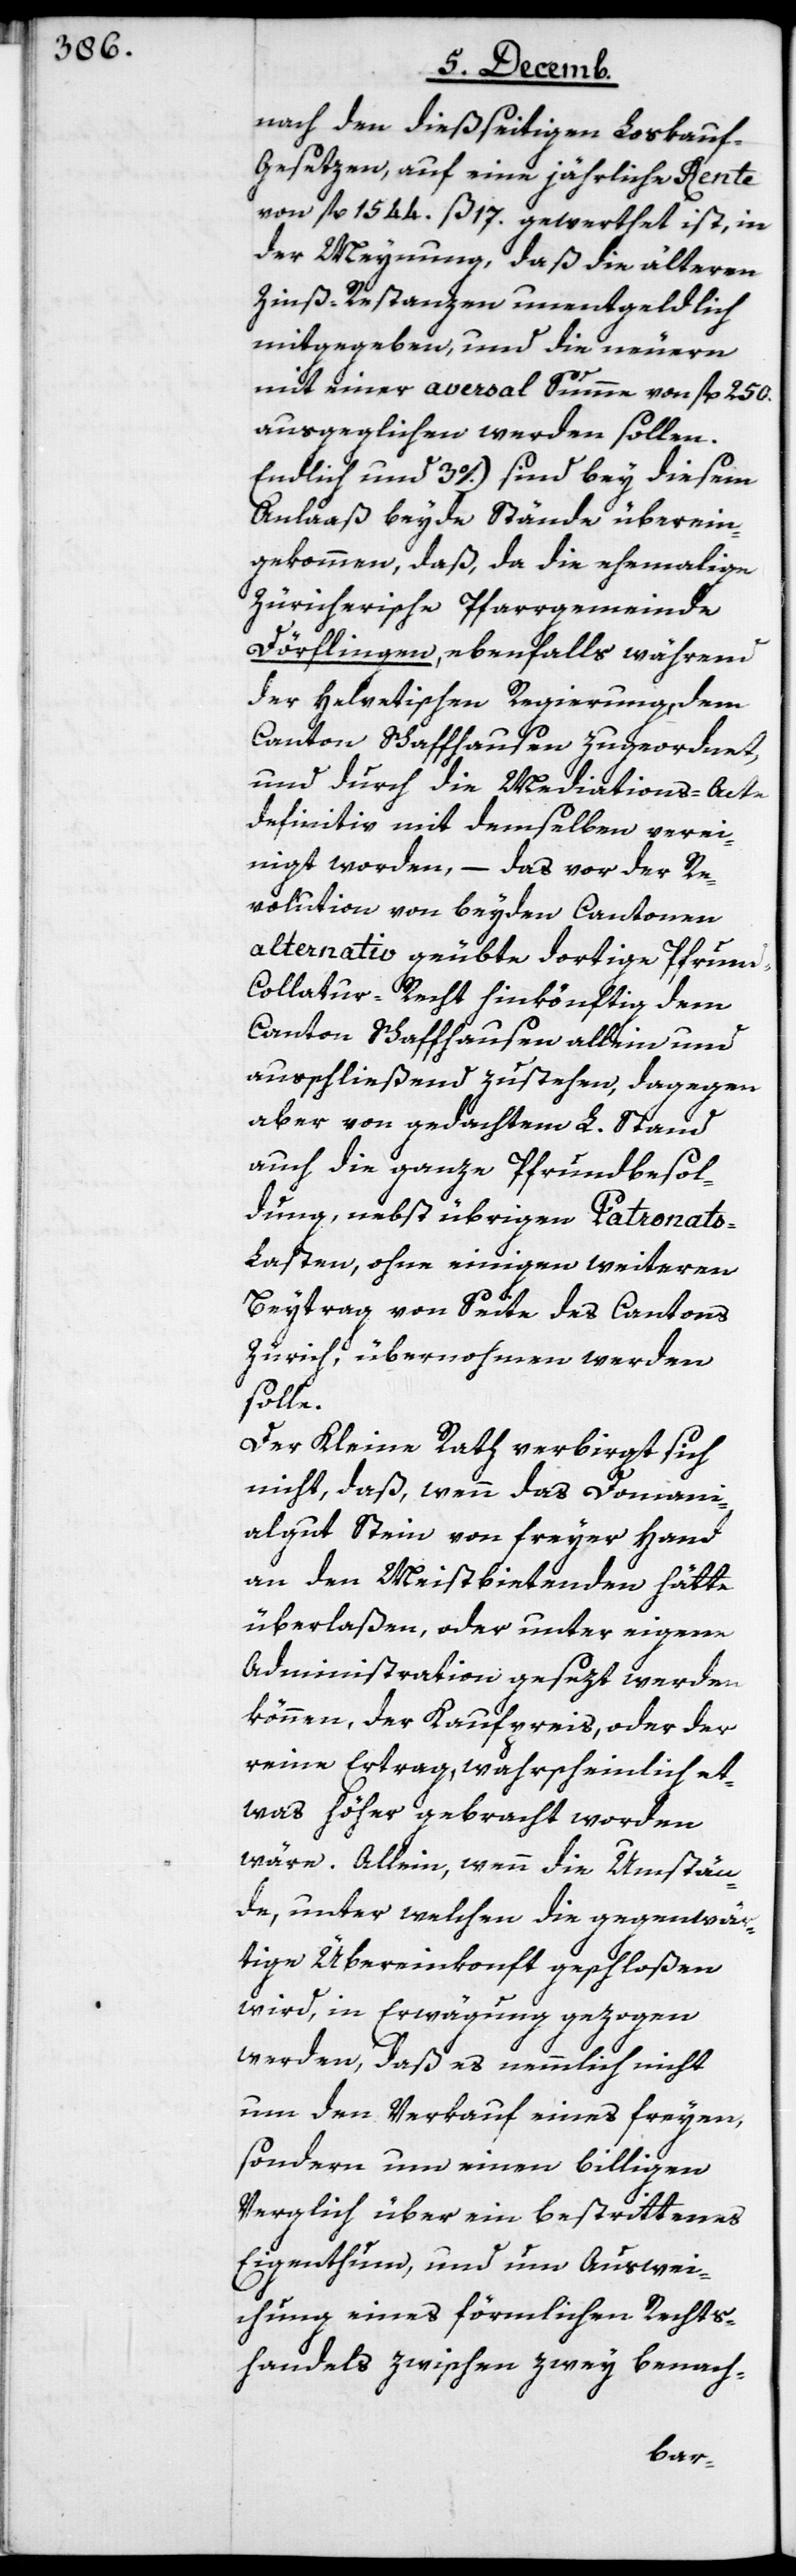
nach den dießseitigen Loskau¬
f-Gesetzen, auf eine jährliche Rente
von fl. 1544. ß 17. gewerthet ist, in
der Meynung, daß die älteren
Zins-Restanzen unentgeldlich
mitgegeben, und die neuern
mit einer aversal Summe von fl 250.
ausgeglichen werden sollen.
Endlich und 3o.) sind bey diesem
Anlaaß beyde Stände überein¬
gekommen, daß da die ehemahlige
Zürcherische Pfarrgemeinde
Dörflingen, ebenfalls während
der Helvetischen Regierung, dem
Canton Schaffhausen zugeordnet,
und durch die Mediations-Acte
definitiv mit demselben verei¬
nigt worden, – das vor der Re¬
volution von beyden Cantonen
alternativ geübte dortige Pfrun¬
d-Collatur-Recht hinkönftig dem
Canton Schaffhausen allein, und
ausschließend zustehen, dagegen
aber von gedachtem L. Stand
auch die ganze Pfrundbesol¬
dung, nebst übrigen Patronats-L¬
asten, ohne einigen weiteren
Beytrag von Seite des Cantons
Zürich, übernohmen werden
solle.
Der Kleine Rath verbirgt sich
nicht, daß wenn das Domani¬
algut Stein von freyer Hand
an den Meistbietenden hätte
überlaßen, oder unter eigene
Administration gesezt werden
können, der Kaufpreis, oder der
reine Ertrag, wahrscheinlich et¬
was höher gebracht worden
wäre. Allein, wenn die Umstän¬
de, unter welchen die gegenwär¬
tige Übereinkonft geschloßen
wird, in Erwägung gezogen
werden, daß es nemmlich nicht
um den Verkauf eines freyen,
sondern um einen billigen
Verglich über ein bestrittenes
Eigenthum, und um Auswei¬
chung eines förmlichen Rechts¬
handels zwischen zwey benach-